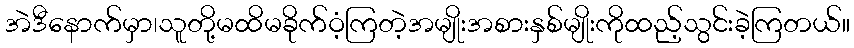
အဲဒီနောက်မှာ၊သူတို့မထိမခိုက်ဝံ့ကြတဲ့အမျိုးအစားနှစ်မျိုးကိုထည့်သွင်းခဲ့ကြတယ်။